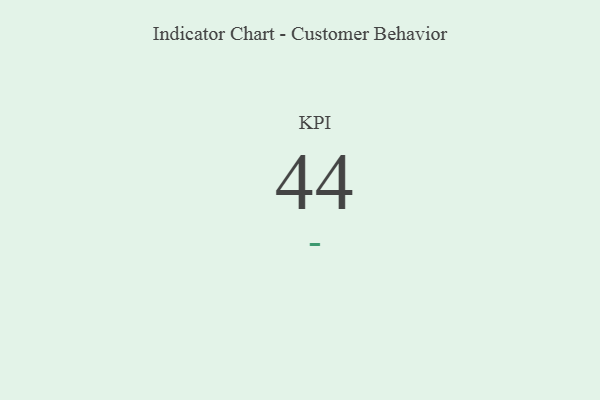
{"axis": {"x": "KPI", "y": "Value"}, "legend": [""], "data": [{"x": "KPI", "y": 44, "type": ""}]}